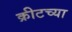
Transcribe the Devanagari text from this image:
क्रीटच्या